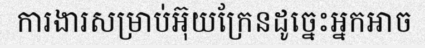
ការងារសម្រាប់អ៊ុយក្រែនដូច្នេះអ្នកអាច